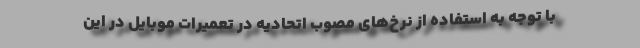
با توجه به استفاده از نرخ‌های مصوب اتحادیه در تعمیرات موبایل در این